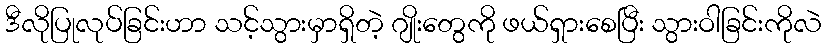
ဒီလိုပြုလုပ်ခြင်းဟာ သင့်သွားမှာရှိတဲ့ ဂျိုးတွေကို ဖယ်ရှားစေပြီး သွားဝါခြင်းကိုလဲ